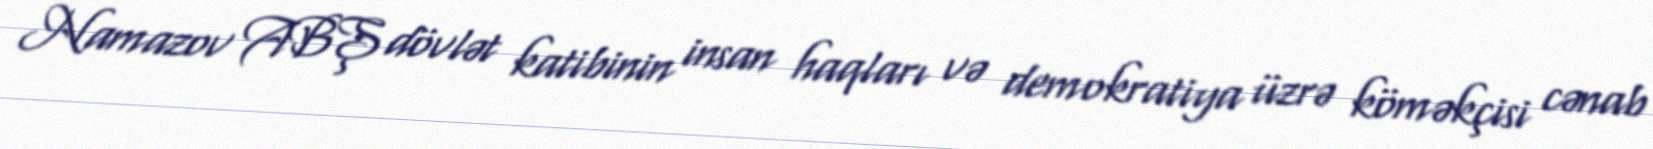
Namazov ABŞ dövlət katibinin insan haqları və demokratiya üzrə köməkçisi cənab